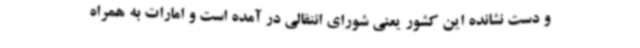
و دست نشانده این کشور یعنی شورای انتقالی در آمده است و امارات به همراه